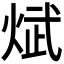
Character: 𪸵